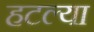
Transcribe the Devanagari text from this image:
हटल्या